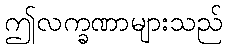
ဤလက္ခဏာများသည်